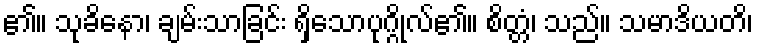
၏။ သုခိနော၊ ချမ်းသာခြင်း ရှိသောပုဂ္ဂိုလ်၏။ စိတ္တံ၊ သည်။ သမာဒိယတိ၊